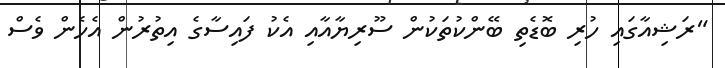
"ރަޝިއާގައި ހުރި ބޮޑެތި ބޭންކުތަކުން ސޫރިޔާއާއި އެކު ފައިސާގެ އިތުރުން އެހެން ވެސް